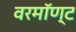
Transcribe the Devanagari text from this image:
वरमॉण्ट